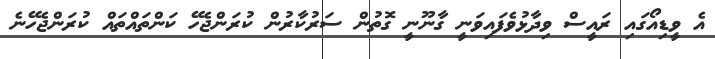
އެ ވީޑިއޯގައި ރައީސް ވިދާޅުވެފައިވަނީ ގާނޫނީ ގޮތުން ސަރުކާރުން ކުރަންޖެހޭ ކަންތައްތައް ކުރަންޖެހޭނެ